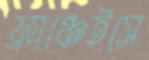
ফ্রাঞ্চেইসে